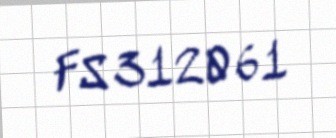
FS 312061